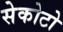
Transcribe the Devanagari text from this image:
सेकोटो